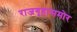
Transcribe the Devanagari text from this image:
राजगृहासमोर